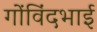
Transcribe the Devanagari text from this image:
गोंविंदभाई